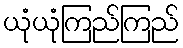
ယုံယုံကြည်ကြည်